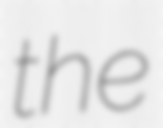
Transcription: the